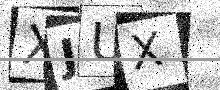
Text: XJUX